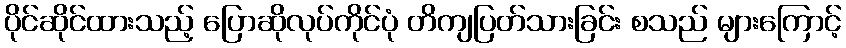
ပိုင်ဆိုင်ထားသည့် ပြောဆိုလုပ်ကိုင်ပုံ တိကျပြတ်သားခြင်း စသည် များကြောင့်